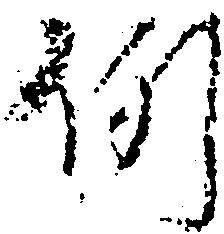
例